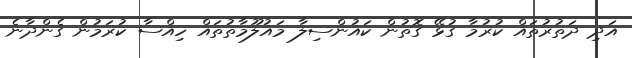
އަދި ދަތުރުތައް ކުރުމާ ގުޅޭ ގޮތުން ކައުންސިލާ މައުލޫމާތުތައް ހިއްސާ ކުރަމުން ގެންދާނެ